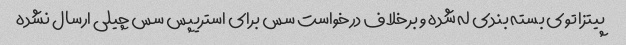
پیتزا توی بسته بندی له شده و برخلاف درخواست سس برای استریپس سس چیلی ارسال نشده